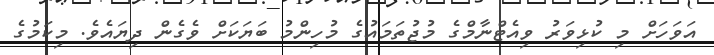
އަވަހަށް މި ކުޅިވަރު ވިއެޓްނާމްގެ މުޖުތަމައުގެ މުހިންމު ބަޔަކަށް ވެގެން ދިޔައެވެ. މިކަމުގެ